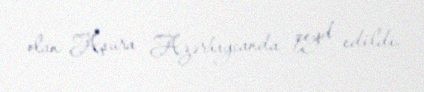
olan Aşura Azərbaycanda qeyd edildi.